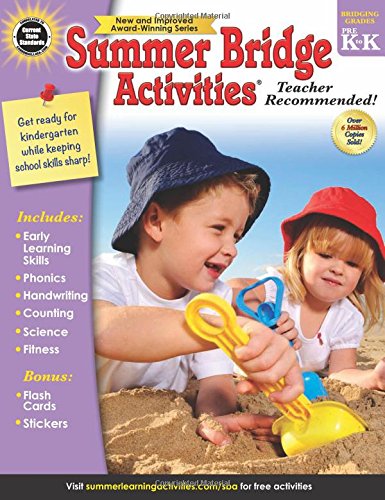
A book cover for Summer Bridge ActivitiesÂ®, Grades PK - K; Children's Books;